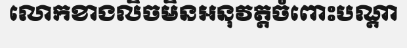
លោកខាងលិចមិនអនុវត្តចំពោះបណ្តា